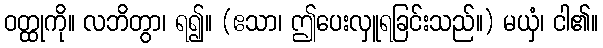
ဝတ္ထုကို။ လဘိတွာ၊ ရ၍။ (ဧသာ၊ ဤပေးလှူရခြင်းသည်။) မယှံ၊ ငါ၏။